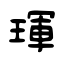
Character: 琿